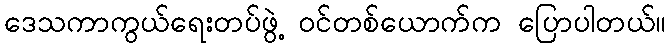
ဒေသကာကွယ်ရေးတပ်ဖွဲ့ ဝင်တစ်ယောက်က ပြောပါတယ်။